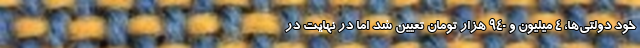
خود دولتی‌ها، ۴ میلیون و ۹۴۰ هزار تومان تعیین شد اما در نهایت در